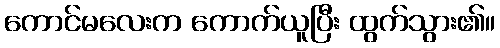
ကောင်မလေးက ကောက်ယူပြီး ထွက်သွား၏။